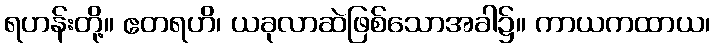
ရဟန်းတို့။ ဧတရဟိ၊ ယခုလာဆဲဖြစ်သောအခါ၌။ ကာယကထာယ၊